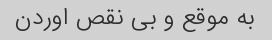
به موقع و بی نقص اوردن